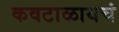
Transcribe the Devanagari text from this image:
कवटाळायचं